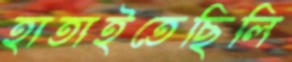
হাতাইতেছিলি